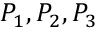
P _ { 1 } , P _ { 2 } , P _ { 3 }